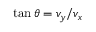
\tan \theta = v _ { y } / v _ { x }